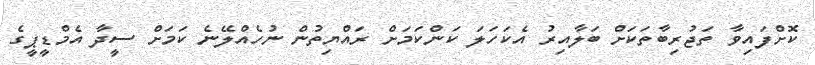
ކޮށްފައިވާ ތަޖުރިބާތަކަށް ބަލާއިރު އެކަހަލަ ކަންކަމަށް ރައްޔިތުން ނުހެއްލޭނެ ކަމަށް ސީދާ އެމްޑީޕީގެ